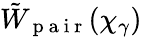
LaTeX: \tilde{W}_{\mathrm{~p~a~i~r~}}(\chi_{\gamma})